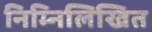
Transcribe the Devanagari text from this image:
निम्‍निलिखित